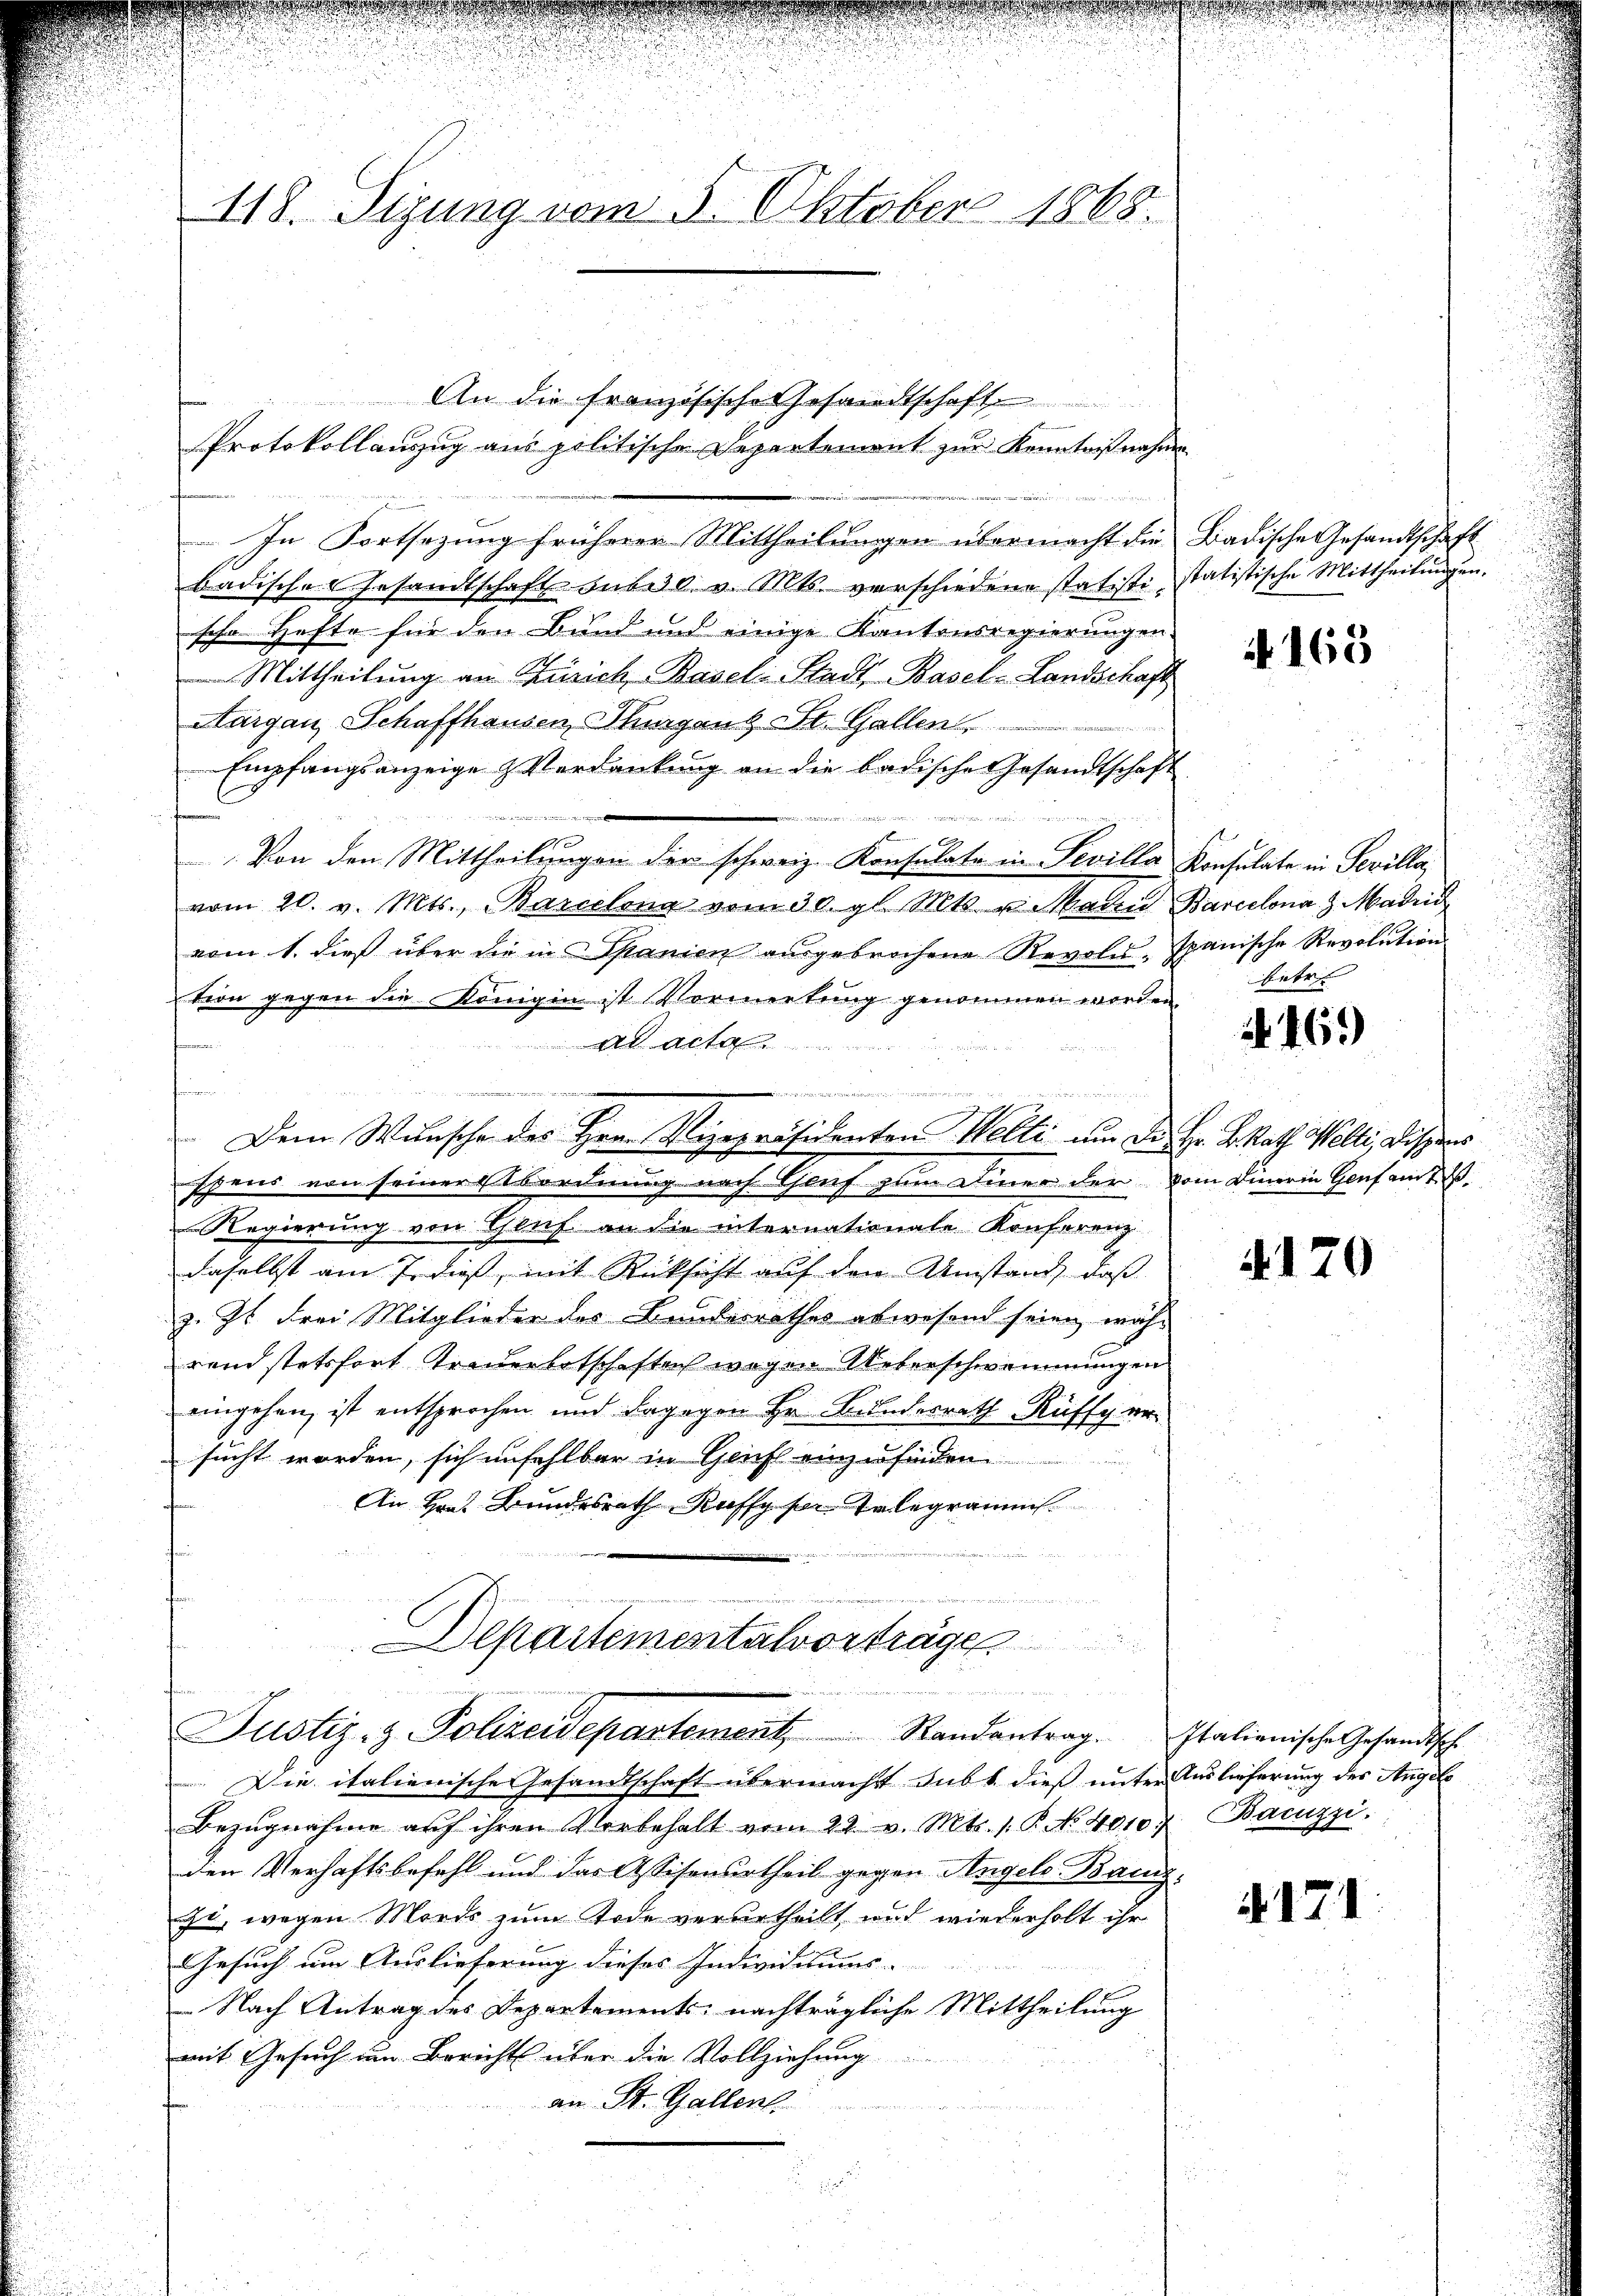
n

118. Sizung vom 5. Oktober 1868

In Fortsezung früherer Mittheilungen übermacht die Badische Gesandtschaft
badische Gesandtschaft bebes. v. Mts. verschiedene statisti statistische Mittheilungen.
sche Hafte für den Bund und einige Kantonsregierungen.
Mittheilung an Zürich-Basel-Stadt, Basel-Landschaft
Margau, Schaffhausen, Thurgans St. Gallen
Empfangsanzeige Verdankung an die badische Gesandtschaft
Von den Mittheilungen der schweiz. Konsulate in Sevilla Konsulate in Sevilla,
vom 20. v. Mts., Barcelona vom 30. gl. Mts. u. Marie Barcelona,  Madrid
vom 1. dieß über die in Spanien aŭsgebrochene Revolŭ-Ipanische Revolution
tion gegen die Königin ist Vormerkung genommen worden.
u
Alt
n
u
spens von seinerbordnung nach Genf zum Diner der vom Dinerin Genf am 2.
Regierung von Genf an die internationale Konferenz
daselbst am 7. dieß, mit Rücksicht auf den Umstand, daß
z. Zt. Frei Mitglieder des Bundesrathes abwesend seien, wäh-
rand stetsfort Treuerbotschaften wegen Ueberschwemmungen
eingehen, ist entsprochen und dagegen Hr. Bundesrath Rüffy ersucht worden, sich unfehlbar in Genf einzufinden
An Hrn. Bundesrath Raffy von Telegramms.
Departementalvorträge
Justiz- & Polizeidepartement, Randantrag. Italienische Gesandtsch
Die italienische Gesandtschaft übermacht subt dieß unter Auslieferung des Angele
Bezŭgnahme aŭf ihren Vorbehalt vom 22. v. Mts. 1. P. No. 4010 Bazzi.
den Verhaftsbefehl und das Assisenurtheil gegen Angels Banz-
si, wegen Mords zum Tode verurtheilt, und wiederholt ihr
Gesuch um Auslieferung dieses Individitums-
 Nach Antrag des Departements nachträgliche Mittheilung
mit Gesuch um Bericht über die Vollziehung
an St. Gallen.
u
2

An die französische Gesandtschaft
Protokollauszug aus politische Departement zur Kenntnißnahme

hur mit

Dem Wunsche des Herr Vizepräsidenten Welti um Dr. Hr. B. Rath Welti, Dispens

N 163

betr

469)

4170

4171: